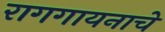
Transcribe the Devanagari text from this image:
रागगायनाचे